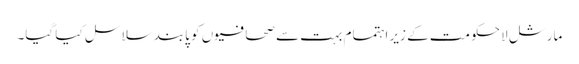
مارشل لا حکومت کے زیر اہتمام بہت سے صحافیوں کو پابند سلاسل کیا گیا۔